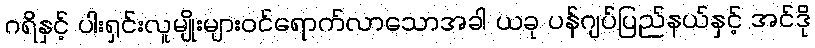
ဂရိနှင့် ပါးရှင်းလူမျိုးများဝင်ရောက်လာသောအခါ ယခု ပန်ဂျပ်ပြည်နယ်နှင့် အင်ဒို